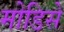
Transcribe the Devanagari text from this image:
मोडिसे